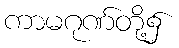
ကာမဂုဏ်တို့၌